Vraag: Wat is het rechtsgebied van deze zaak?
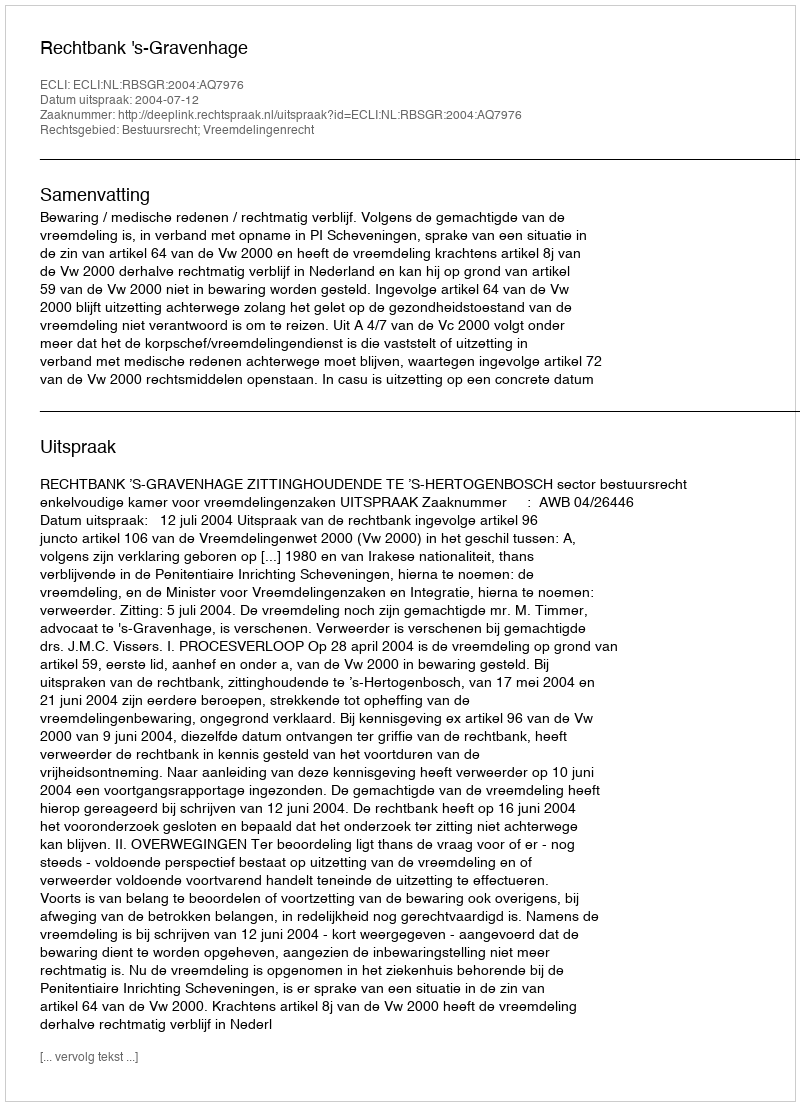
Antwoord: Bestuursrecht; Vreemdelingenrecht